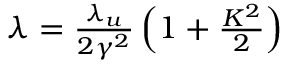
\begin{array} { r } { \lambda = \frac { \lambda _ { u } } { 2 \gamma ^ { 2 } } \left( 1 + \frac { K ^ { 2 } } { 2 } \right) } \end{array}